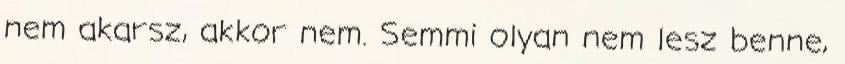
nem akarsz, akkor nem. Semmi olyan nem lesz benne,